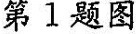
第1题图